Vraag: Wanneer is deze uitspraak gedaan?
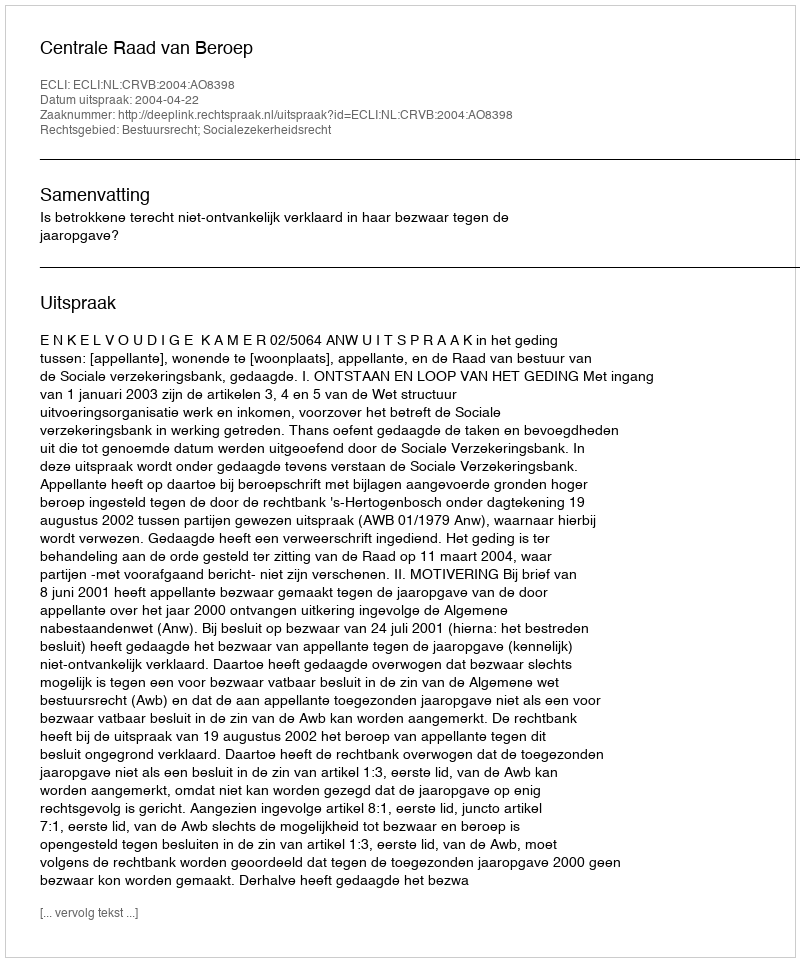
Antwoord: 2004-04-22